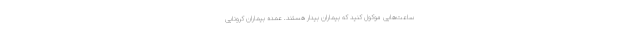
ساعت‌هایی موکول کنید که بیماران بیدار هستند. عمده بیماران کرونایی